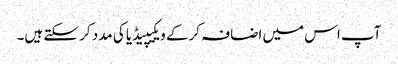
آپ اس میں اضافہ کرکے ویکیپیڈیا کی مدد کر سکتے ہیں۔